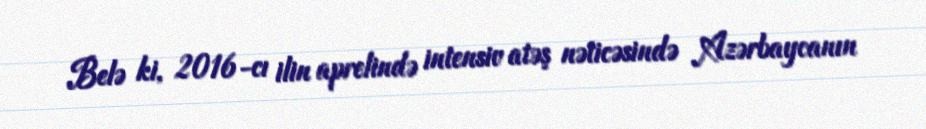
Belə ki, 2016-cı ilin aprelində intensiv atəş nəticəsində Azərbaycanın